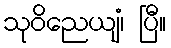
သုဝိညေယျံ၊ ပြီ။